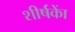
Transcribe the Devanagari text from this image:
शीर्षकाें